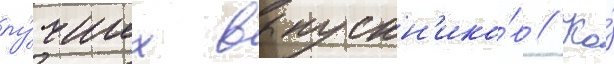
лу́чших выпускн'ико́в // Ко́